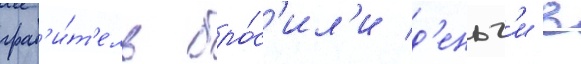
граб'и́т'ель бро́с'ил'и д'еньг'и в